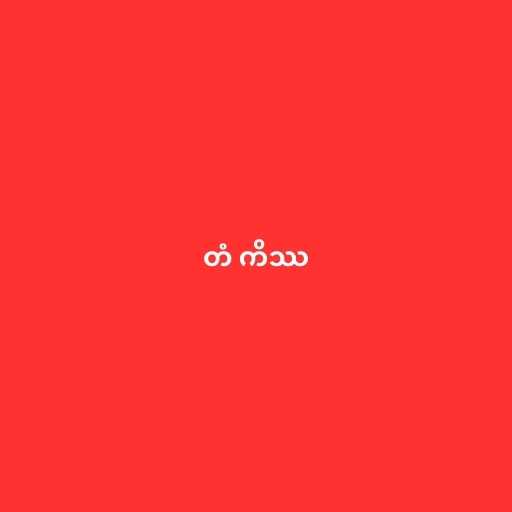
တံ ကိဿ